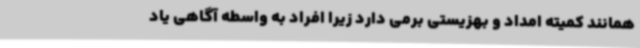
همانند کمیته امداد و بهزیستی برمی دارد زیرا افراد به واسطه آگاهی یاد